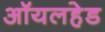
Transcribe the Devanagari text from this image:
ऑयलहेड